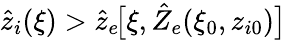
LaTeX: \hat{z}_{i}(\xi)>\hat{z}_{e}\! \big[\xi,\hat{Z}_{e}(\xi_{0},z_{i0})\big]